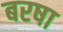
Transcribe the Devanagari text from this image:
बरषा